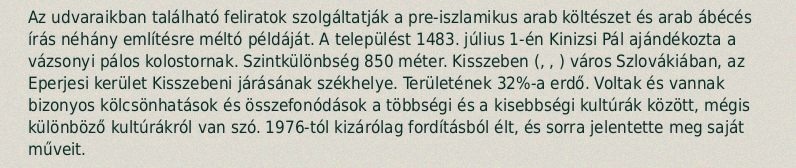
Az udvaraikban található feliratok szolgáltatják a pre-iszlamikus arab költészet és arab ábécés írás néhány említésre méltó példáját. A települést 1483. július 1-én Kinizsi Pál ajándékozta a vázsonyi pálos kolostornak. Szintkülönbség 850 méter. Kisszeben (, , ) város Szlovákiában, az Eperjesi kerület Kisszebeni járásának székhelye. Területének 32%-a erdő. Voltak és vannak bizonyos kölcsönhatások és összefonódások a többségi és a kisebbségi kultúrák között, mégis különböző kultúrákról van szó. 1976-tól kizárólag fordításból élt, és sorra jelentette meg saját műveit.